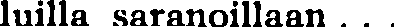
luilla saranoillaan . . .